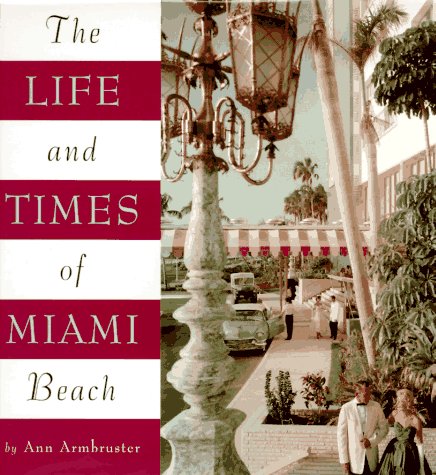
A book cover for Life and Times of Miami Beach; Ann Armbruster; Travel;